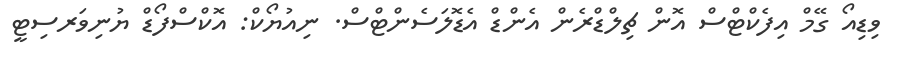
ވިޑިއޯ ގޭމް އިފެކްޓްސް އޮން ޗިލްޑްރެން އެންޑް އެޑޮލަސެންޓްސް. ނިއުޔޯކް: އޮކްސްފޯޑް ޔުނިވަރސިޓީ